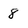
Character: 8